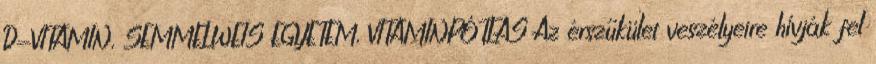
D-VITAMIN, SEMMELWEIS EGYETEM, VITAMINPÓTLÁS Az érszűkület veszélyeire hívják fel